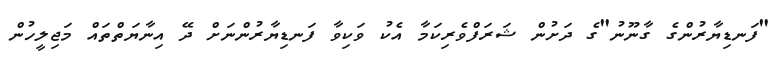
"ފަނޑިޔާރުންގެ ގާނޫނު"ގެ ދަށުން ޝަރަފްވެރިކަމާ އެކު ވަކިވާ ފަނޑިޔާރުންނަށް ދޭ އިނާޔަތްތައް މަޖިލީހުން